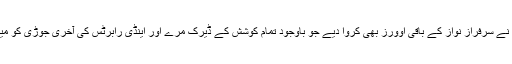
جلد بازی میں انہوں نے سرفراز نواز کے باقی اوورز بھی کروا دیے جو باوجود تمام کوشش کے ڈیرک مرے اور اینڈی رابرٹس کی آخری جوڑی کو میدان بدر نہ کرسکے۔